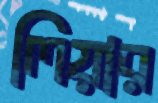
লিয়ার